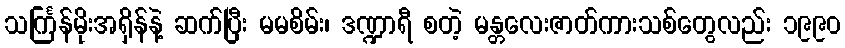
သင်္ကြန်မိုးအရှိန်နဲ့ ဆက်ပြီး မမစိမ်း၊ ဒဏ္ဍာရီ စတဲ့ မန္တလေးဇာတ်ကားသစ်တွေလည်း ၁၉၉၀